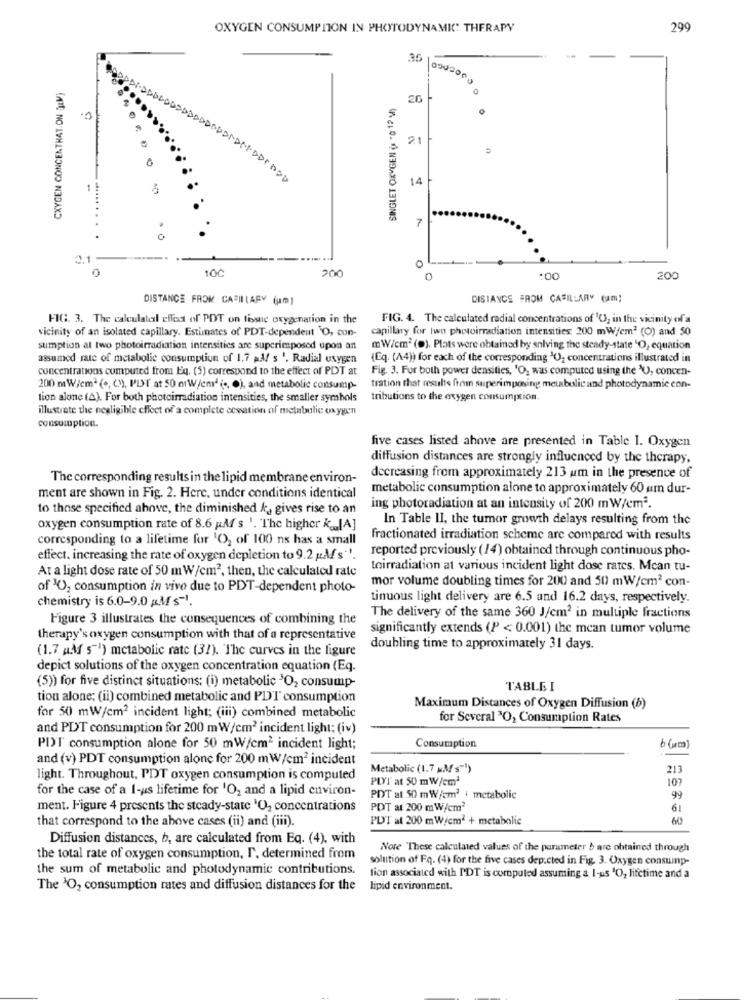
OXYGEN CONSUMPTION IN PHOTODYNAMIC THERAPY
299
CXYGEN CONCENTHAT ON JaM)
200
SINGLET OXYGEN (= "0 12 M)
26
21
14
7
3.1
100
200
O
0
200
DISTANCE FROM CAPILLARY (um)
DISTANCE FROM CASILLARY (m;
FIG. 3. The calculatedl effect of POT on tissue oxygenation in the
FIG. 4. The calculated radial concentrations of '0, in the vicinity of a
vicinity of an isolated capillary. Estimates of PDT-dependent "O, con-
capillary for two photoirradiation intensities 200 mW/cm2 (O) and 50
sumption at two photoirradiation intensitics are superimposed upon an
mW/cm (D). Plats were obtained by solving the steady-state "O, equation
assumod rate of metabolic consumption of 1.7 aM/ s '. Radial oxygen
(Eq. (A4)) for each of the corresponding 10, concentrations illustrated in
concentrations computed from Eq. (5) correspond to the effect of PDT at
Fig. 3. For both power densities, 'O, was computed using the 'U, concen-
200 mW/cm2 ( ., ()), PLSI at 50 mW/emª ( ., O), and metabolic consump-
tration that results from superimposing metabolic and photodynamic con-
tion alone (A). For both photoirradiation intensities, the smaller symbols
tributions to the oxygen consumption.
illustrate the negligible effect of a complete cessation of metabolic oxygen
consumption.
five cases listed above are presented in Table I. Oxygen
diffusion distances are strongly influenced by the therapy,
The corresponding results in the lipid membrane environ-
decreasing from approximately 213 um in the presence of
metabolic consumption alone to approximately 60 um dur-
ment are shown in Fig. 2. Here, under conditions identical
to those specified ahove, the diminished &, gives rise to an
ing photoradiation at an intensity of 200 mW/cm2.
In Table II, the tumor growth delays resulting from the
oxygen consumption rate of 8.6 Af s '. The higher k_[A]
corresponding to a lifetime for 'O2 of 100 ns has a small
fractionated irradiation scheme are compared with results
reported previously (14) obtained through continuous pho-
effect. increasing the rate of oxygen depletion to 9.2 gMs"'.
At a light dose rate of 50 mW/cm2, then, the calculated rate
toirradiation at various incident light dose rates. Mcan tu-
mor volume doubling times for 200 and 50 mW/cm2 con-
of "O, consumption in vivo due to PDT-dependent photo-
chemistry is 6.0-9.0 gMs1.
tinuous light delivery are 6.5 and 16.2 days, respectively.
Figure 3 illustrates the consequences of combining the
The delivery of the same 360 J/cm2 in multiple fractions
significantly extends (P < 0.001) the mean tumor volume
therapy's oxygen consumption with that of a representative
(1.7 AM 5 ') metabolic rate (37). The curves in the figure
doubling time to approximately 31 days.
depict solutions of the oxygen concentration equation (Eq.
(5)) for five distinct situations: (i) metabolic 3O2 consump-
T'ABLEI
tion alone; (ii) combined metabolic and PDT consumption
Maximum Distances of Oxygen Diffusion (b)
for 50 mW/cm2 incident light; (iii) combined metabolic
for Several 3O, Consumption Rates
and PDT consumption for 200 mW/cm2 incident light; (iv)
PDT consumption alone for 50 mW/cm2 incident light;
Consumption
6(m)
and (v) PDT consumption alone for 200 m W/cm2 incident
Metabolic (1.7 xMs-1)
213
light. Throughout, PDT oxygen consumption is computed
PLYT at 50 mW/cm2
107
for the case of a I-us lifetime for 'O2 and a lipid environ-
PDT at 50 mW/cm2 + metabolic
99
ment. Figure 4 presents the steady-state 'O2 concentrations
PDT at 200 mW/cm2
61
that correspond to the above cases (ii) and (iii).
PLOT at 200 mWiem2 + metabolic
60
Diffusion distances, b, are calculated from Eq. (4), with
Nore These calculated values of the parameter b are obtained through
the total rate of oxygen consumption, l', determined from
solution of Fq. (4) for the five cases dep.cted in Fig. 3. Oxygen consump-
the sum of metabolic and photodynamic contributions.
tion associated with PDT is computed assuming a 1-us 'O, lifetime and a
The 'O, consumption rates and diffusion distances for the
lipid environment.